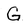
Character: G